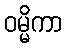
ဝမ္မိကာ